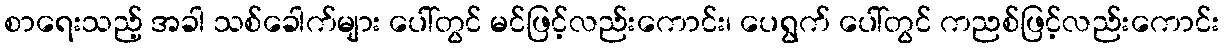
စာရေးသည့် အခါ သစ်ခေါက်များ ပေါ်တွင် မင်ဖြင့်လည်းကောင်း၊ ပေရွက် ပေါ်တွင် ကညစ်ဖြင့်လည်းကောင်း